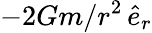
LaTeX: -2Gm/r^{2}\, \hat{e}_{r}